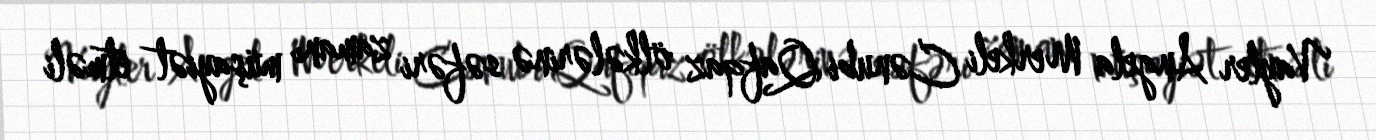
Vayler Angela Merkeli Cənubi Qafqaz ölkələrinə səfəri zamanı müşayiət etməli